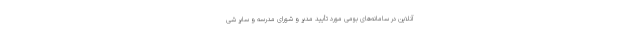
آنلاین در سامانه‌های بومی مورد تأیید مدیر و شورای مدرسه و سایر شی